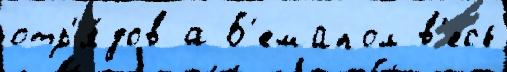
отр'я́дов а Б'емапол в'есь